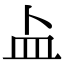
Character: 盀